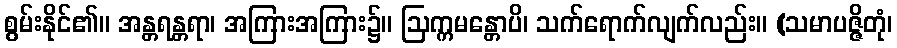
စွမ်းနိုင်၏။ အန္တရန္တရာ၊ အကြားအကြား၌။ ဩက္ကမန္တောပိ၊ သက်ရောက်လျက်လည်း။ (သမာပဇ္ဇိတုံ၊